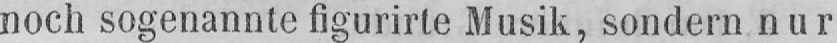
noch sogenannte figurirte Musik, sondern nur